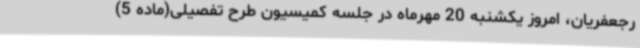
رجعفریان، امروز یکشنبه 20 مهرماه در جلسه کمیسیون طرح تفصیلی(ماده 5)